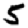
Digit: 5